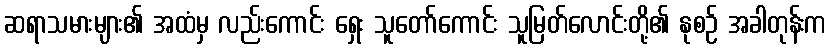
ဆရာသမားများ၏ အထံမှ လည်းကောင်း ရှေး သူတော်ကောင်း သူမြတ်လောင်းတို့၏ နုစဉ် အခါတုန်းက